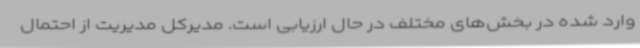
وارد شده در بخش‌های مختلف در حال ارزیابی است. مدیرکل مدیریت از احتمال